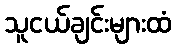
သူငယ်ချင်းများထံ